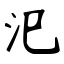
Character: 汜